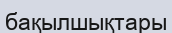
бақылшықтары